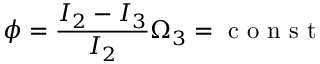
\phi = \frac { I _ { 2 } - I _ { 3 } } { I _ { 2 } } \Omega _ { 3 } = \mathrm { ~ c ~ o ~ n ~ s ~ t ~ }